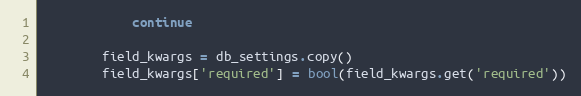
Language: Python
            continue

        field_kwargs = db_settings.copy()
        field_kwargs['required'] = bool(field_kwargs.get('required'))